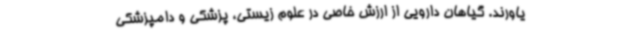
یاورند. گیاهان دارویی از ارزش خاصی در علوم زیستی، پزشکی و دامپزشکی